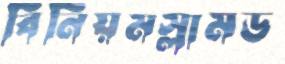
বিনিয়মস্লামড